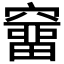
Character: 𥨌